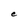
Character: e